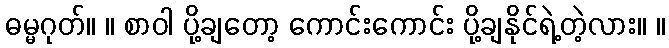
ဓမ္မဂုတ်။ ။ စာဝါ ပို့ချတော့ ကောင်းကောင်း ပို့ချနိုင်ရဲ့တဲ့လား။ ။